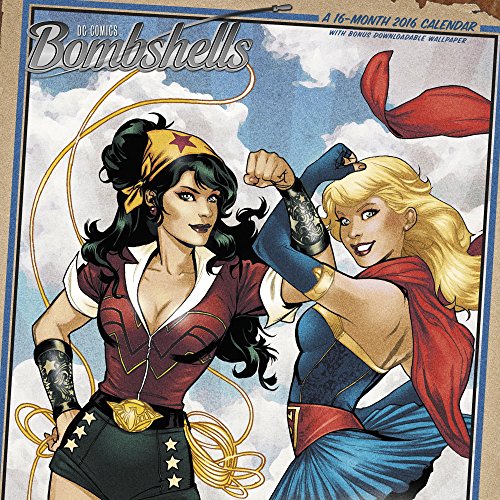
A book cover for DC Bombshells Wall Calendar (2016); Day Dream; Calendars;